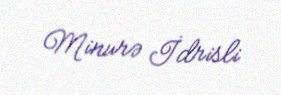
Minurə İdrisli